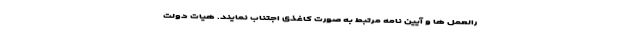
رالعمل ها و آیین نامه مرتبط به صورت کاغذی اجتناب نمایند. هیات دولت